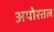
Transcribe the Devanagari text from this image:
अपोस्तल